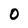
Character: 0